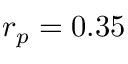
r _ { p } = 0 . 3 5